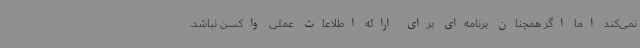
نمی‌کند اما اگر همچنان برنامه‌ای برای ارائه اطلاعات عملی واکسن نباشد،